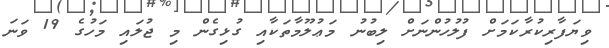
ވިޔަފާރިކުރާކަމަށް ފުލުހުންނަށް ލިބުނު މަޢުލޫމާތަކާއި ގުޅިގެން މި ޖުލައި މަހުގެ 19 ވަނަ